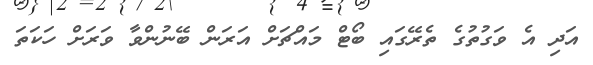
އަދި އެ ވަގުތުގެ ތެރޭގައި ބޯޓް މައްޗަށް އަރަން ބޭނުންވާ ވަރަށް ހަކަތަ